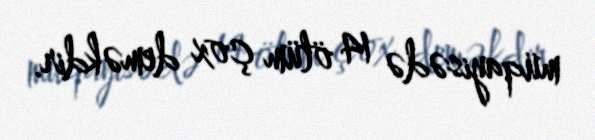
müqayisədə 14 ölüm çox deməkdir.